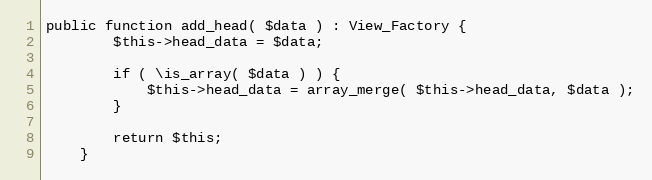
Language: PHP
public function add_head( $data ) : View_Factory {
		$this->head_data = $data;

		if ( \is_array( $data ) ) {
			$this->head_data = array_merge( $this->head_data, $data );
		}

		return $this;
	}